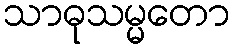
သာဓုသမ္မတော